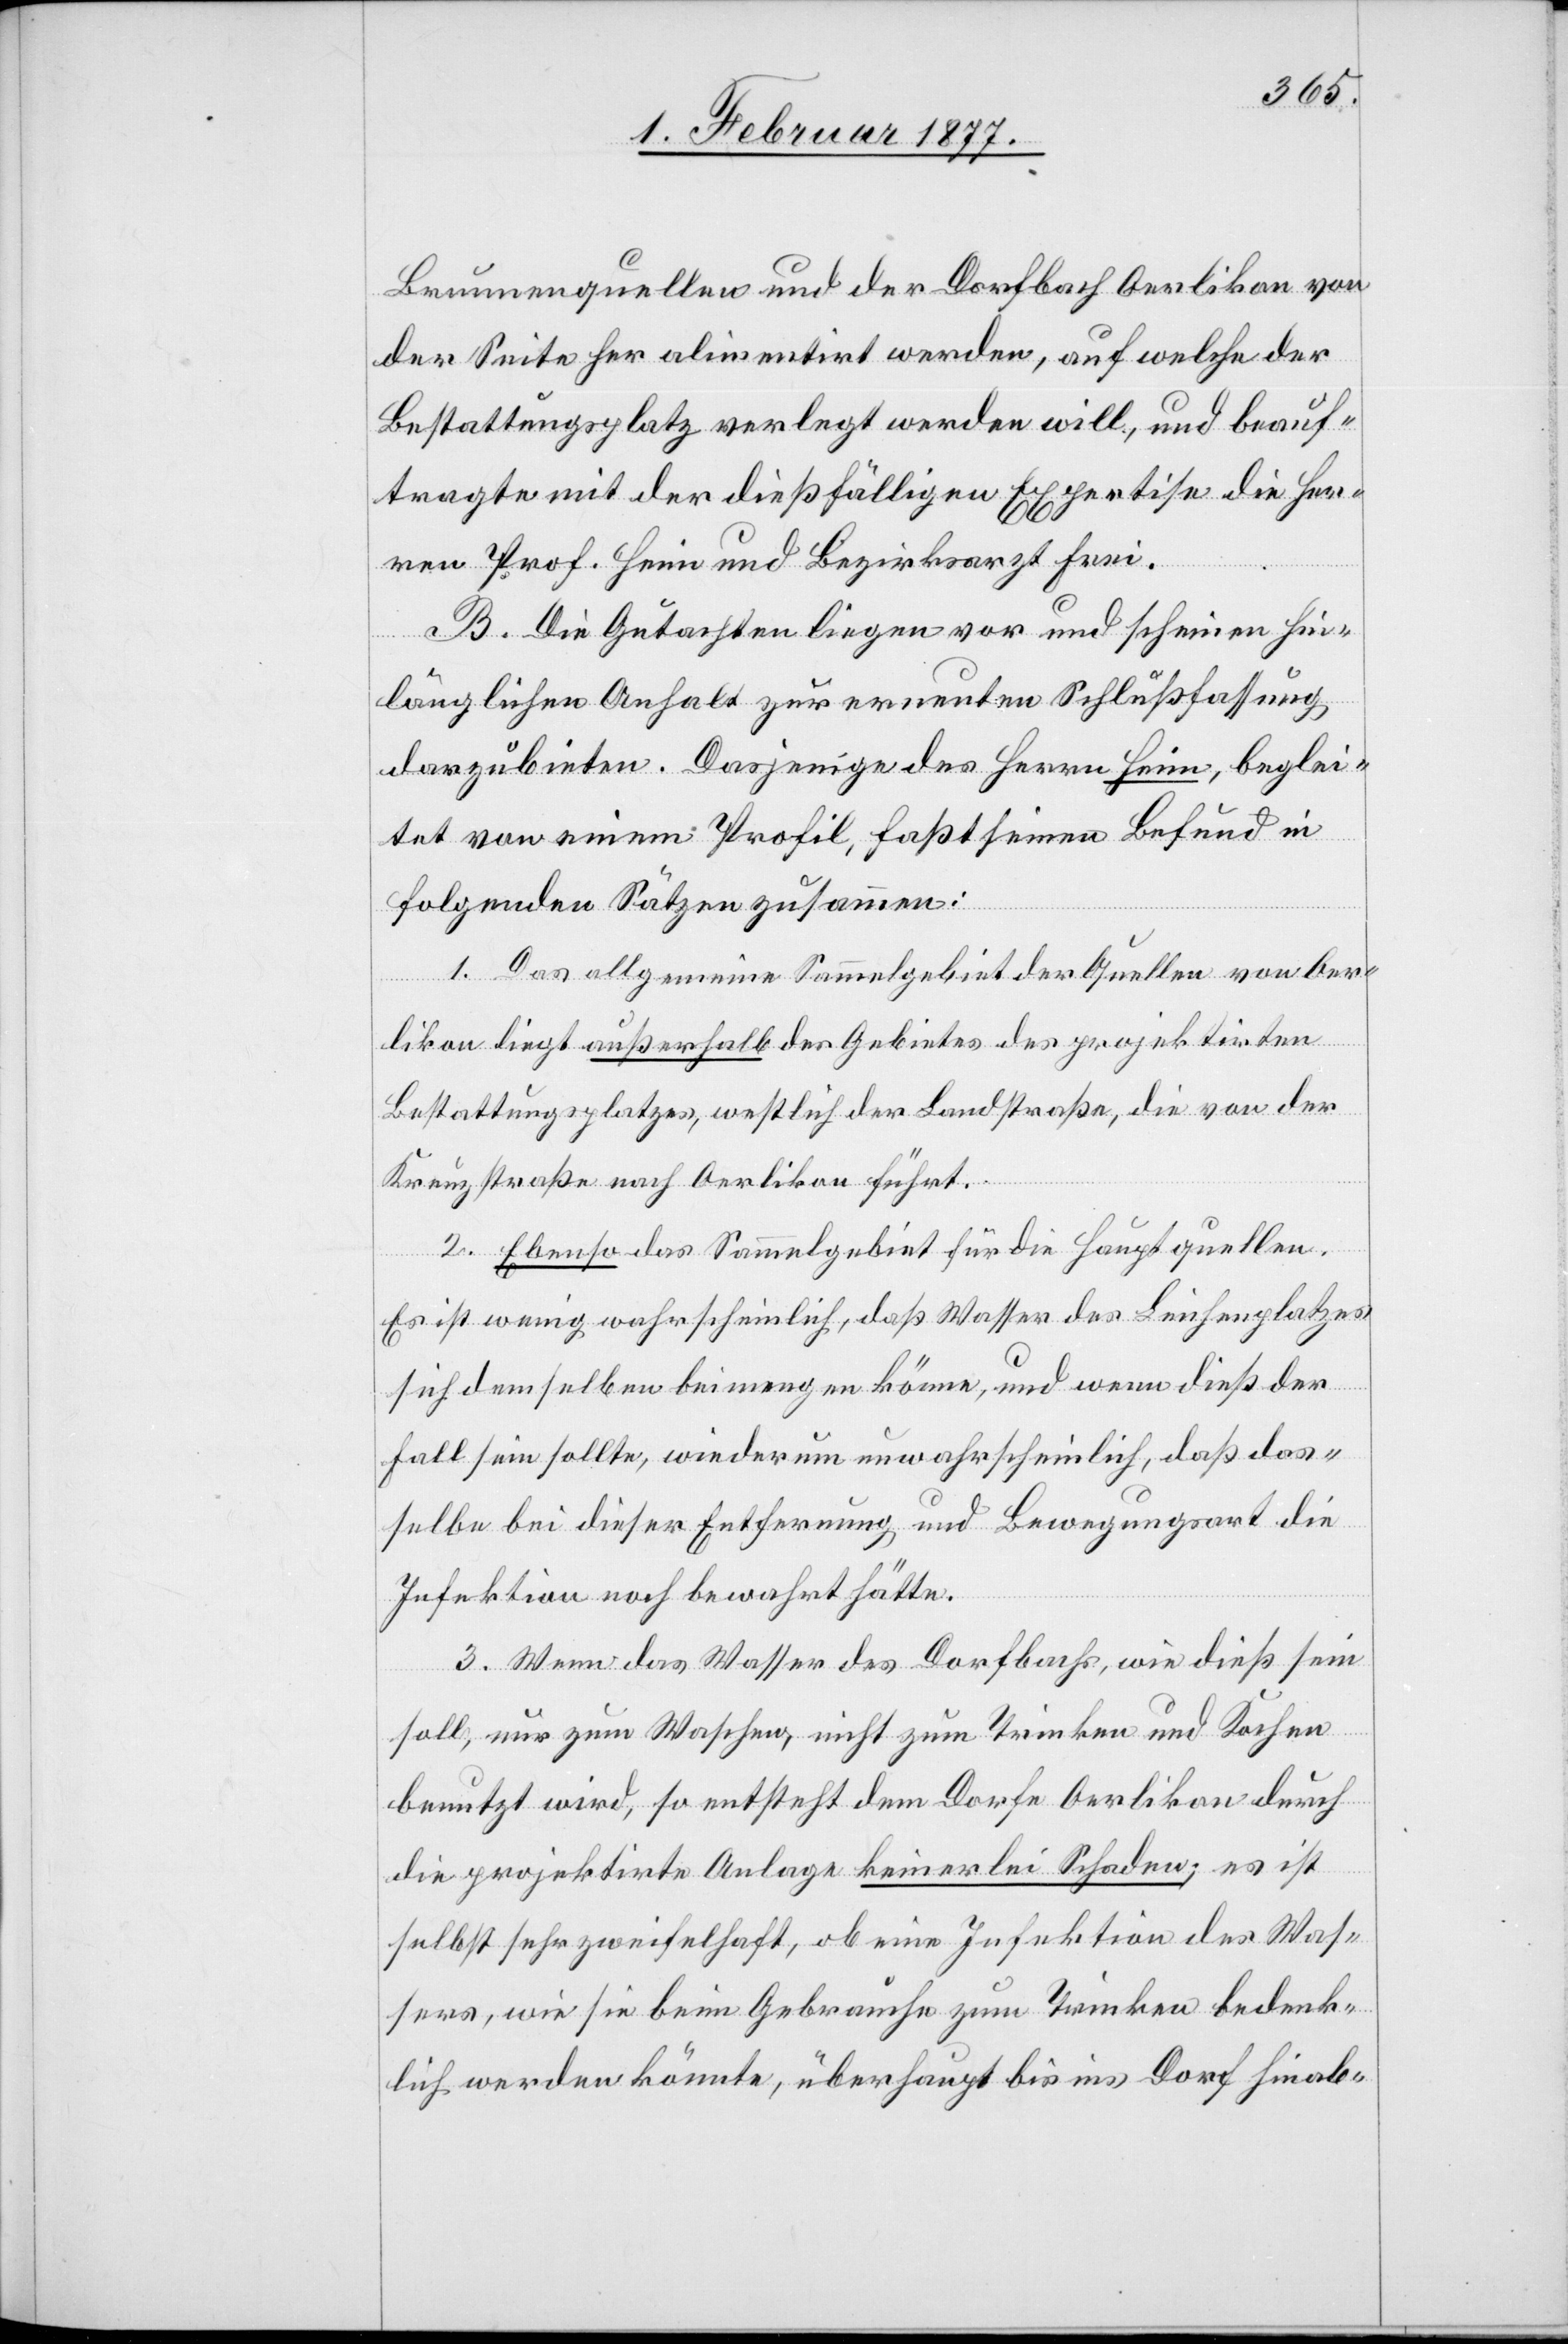
Brunnenquellen und der Dorfbach Oerlikon von
der Seite her alimentirt werden, auf welche der
Bestattungsplatz verlegt werden will, und beauf¬
tragte mit der dießfälligen Expertise die Her¬
ren Prof. Heim und Bezirksarzt Frei.
B. Die Gutachten liegen vor und scheinen hin¬
länglichen Anhalt zur erneuten Schlußfassung
darzubieten. Dasjenige des Herrn Heim, beglei¬
tet von einem Profil, faßt seinen Befund in
folgenden Sätzen zusammen:
1. Das allgemeine Sammelgebiet der Quellen von Oer¬
likon liegt außerhalb des Gebietes des projektirten
Bestattungsplatzes, westlich der Landstraße, die von der
Kreuzstraße nach Oerlikon führt.
2. Ebenso das Sammelgebiet für die Hauptquellen.
Es ist wenig wahrscheinlich, daß Wasser des Leichenplatzes
sich demselben beimengen könne, und wenn dieß der
Fall sein sollte, wiederum unwahrscheinlich, daß das¬
selbe bei dieser Entfernung und Bewegungsart die
Infektion noch bewahrt hätte.
3. Wenn das Wasser des Dorfbachs, wie dieß sein
soll, nur zum Waschen, nicht zum Trinken und Kochen
benutzt wird, so entsteht dem Dorfe Oerlikon durch
die projektirte Anlage keinerlei Schaden; es ist
selbst sehr zweifelhaft, ob eine Infektion des Was¬
sers, wie sie beim Gebrauche zum Trinken bedenk¬
lich werden könnte, überhaupt bis ins Dorf hinab-